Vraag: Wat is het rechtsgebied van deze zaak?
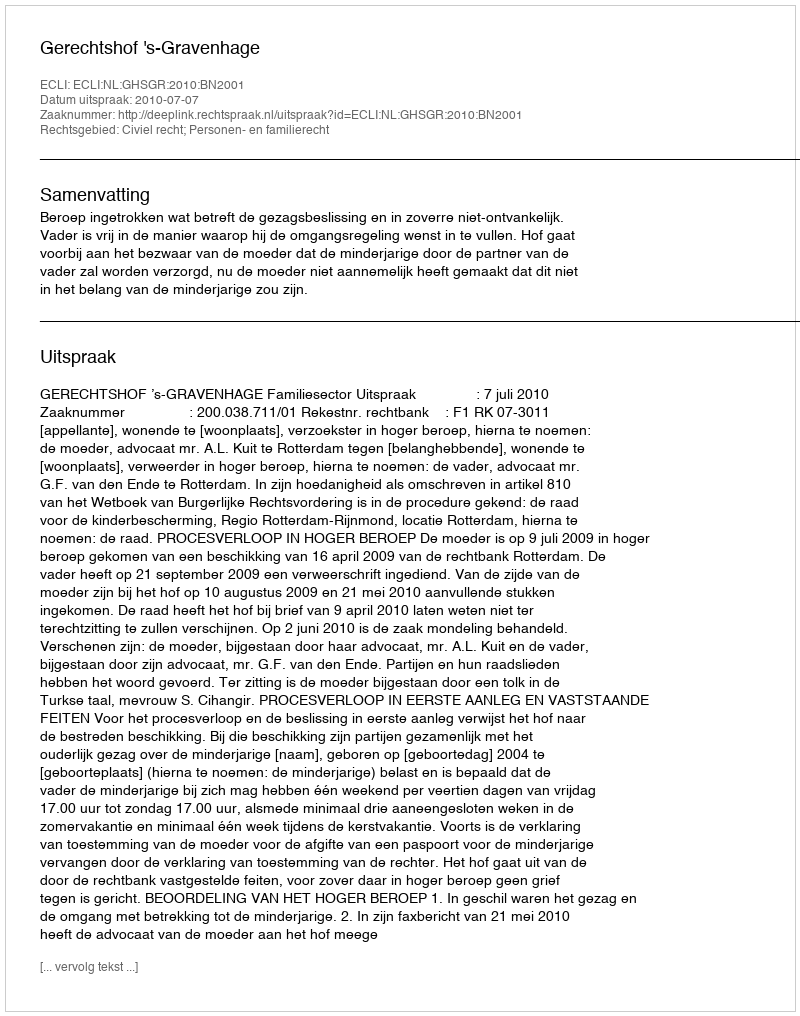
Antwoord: Civiel recht; Personen- en familierecht